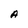
Character: A